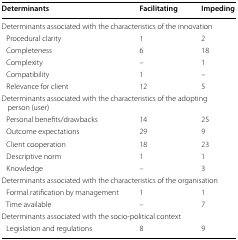
<table><thead><tr><td><b>Determinants</b></td><td><b>Facilitating</b></td><td><b>Impeding</b></td></tr></thead><tbody><tr><td colspan="3">Determinants associated with the characteristics of the innovation</td></tr><tr><td> Procedural clarity</td><td>1</td><td>2</td></tr><tr><td> Completeness</td><td>6</td><td>18</td></tr><tr><td> Complexity</td><td>–</td><td>1</td></tr><tr><td> Compatibility</td><td>1</td><td>–</td></tr><tr><td> Relevance for client</td><td>12</td><td>5</td></tr><tr><td colspan="3">Determinants associated with the characteristics of the adopting person (user)</td></tr><tr><td> Personal benefits/drawbacks</td><td>14</td><td>25</td></tr><tr><td> Outcome expectations</td><td>29</td><td>9</td></tr><tr><td> Client cooperation</td><td>18</td><td>23</td></tr><tr><td> Descriptive norm</td><td>1</td><td>1</td></tr><tr><td> Knowledge</td><td>–</td><td>3</td></tr><tr><td colspan="3">Determinants associated with the characteristics of the organisation</td></tr><tr><td> Formal ratification by management</td><td>1</td><td>1</td></tr><tr><td> Time available</td><td>–</td><td>7</td></tr><tr><td colspan="3">Determinants associated with the socio-political context</td></tr><tr><td> Legislation and regulations</td><td>8</td><td>9</td></tr></tbody></table>